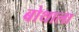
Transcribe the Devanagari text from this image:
बोथाला